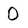
Character: 0